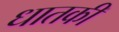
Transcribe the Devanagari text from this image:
धातकी